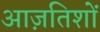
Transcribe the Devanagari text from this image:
आज़तिशों